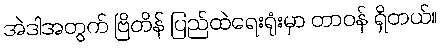
အဲဒါအတွက် ဗြိတိန် ပြည်ထဲရေးရုံးမှာ တာဝန် ရှိတယ်။